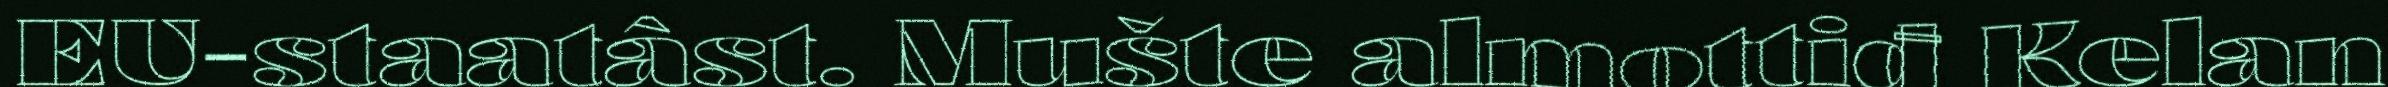
EU-staatâst. Mušte almottiđ Kelan